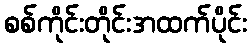
စစ်ကိုင်းတိုင်းအထက်ပိုင်း